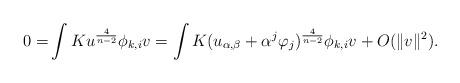
LaTeX: \begin{align*}0= &\int Ku^{\frac{4}{n-2}}\phi_{k,i}v=\int K(u_{\alpha, \beta}+\alpha^{j}\varphi_{j})^{\frac{4}{n-2}}\phi_{k,i}v+O(\Vert v \Vert^{2}).\end{align*}